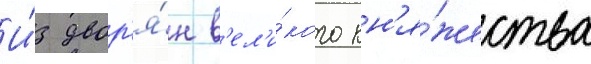
И́з двор'я́н в'ел'и́кого кн'я́жества